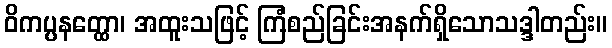
ဝိကပ္ပနတ္ထော၊ အထူးသဖြင့် ကြံစည်ခြင်းအနက်ရှိသောသဒ္ဒါတည်း။